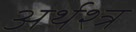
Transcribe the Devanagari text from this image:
अर्थश्त्र